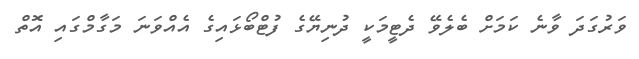
ވަރުގަދަ ވާނެ ކަމަށް ބެލެވޭ ދެޓީމަކީ ދުނިޔޭގެ ފުޓްބޯޅައިގެ އެއްވަނަ މަގާމްގައި އޮތް